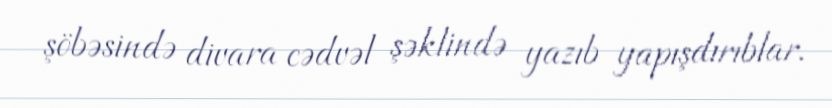
şöbəsində divara cədvəl şəklində yazıb yapışdırıblar.